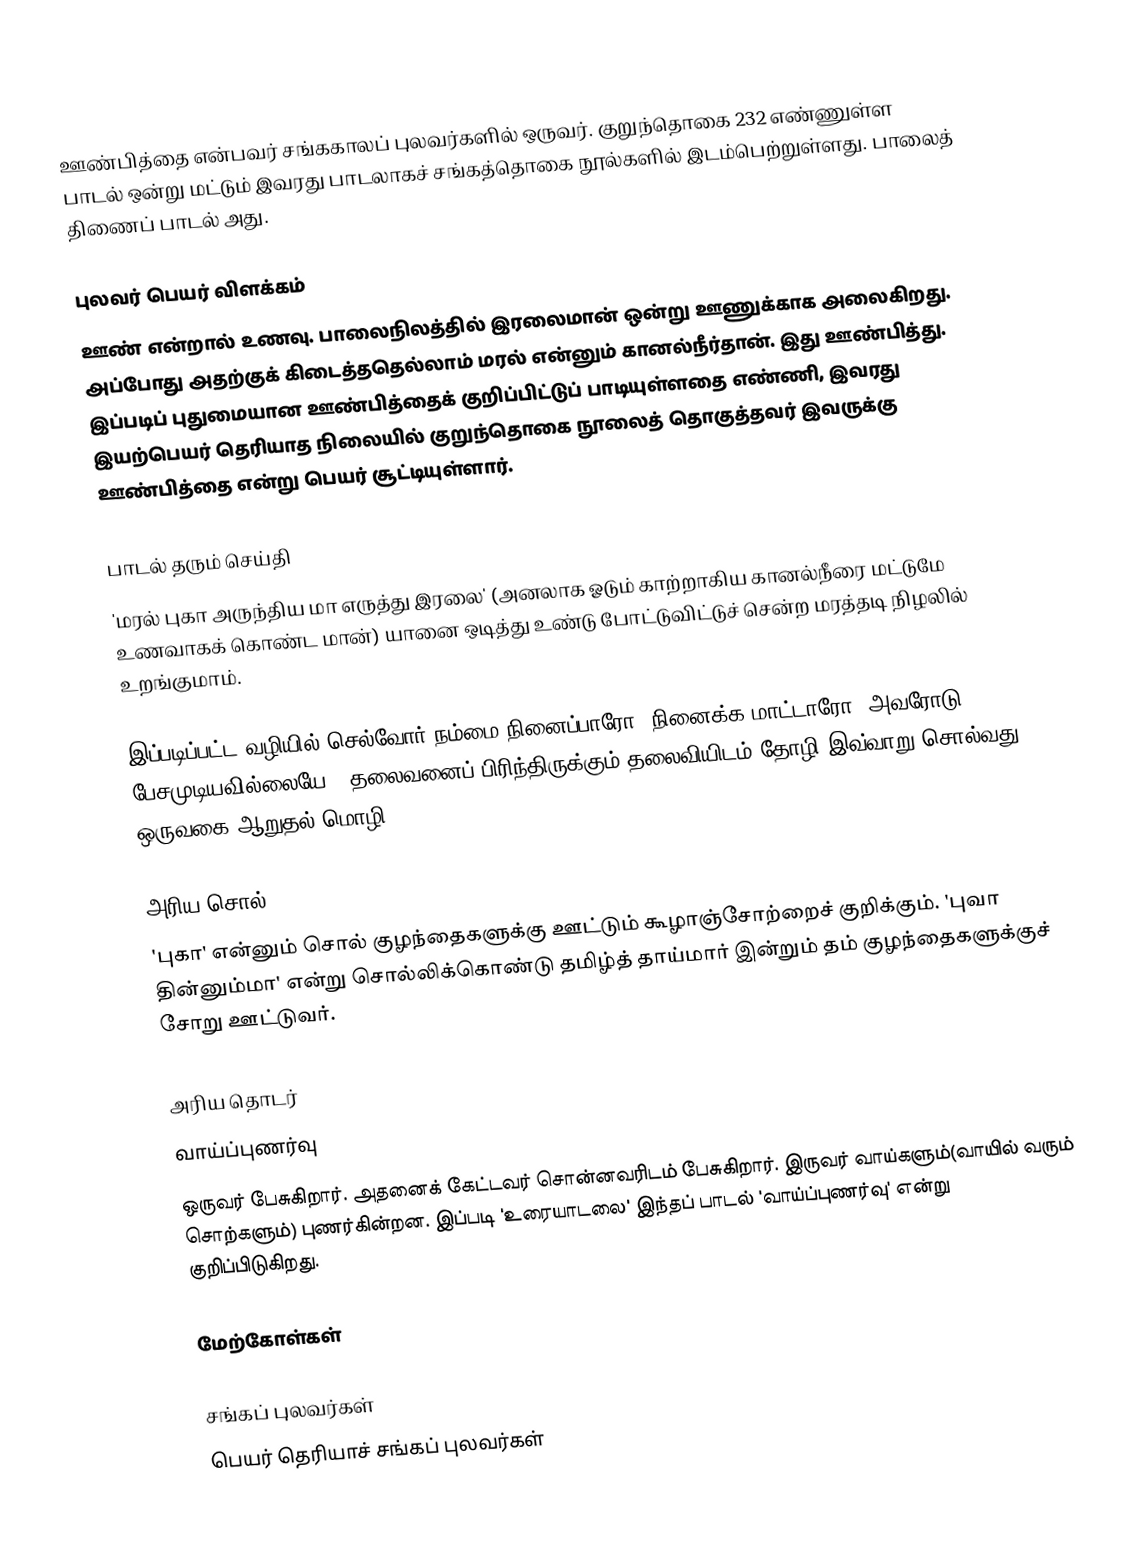
ஊண்பித்தை என்பவர் சங்ககாலப் புலவர்களில் ஒருவர். குறுந்தொகை 232 எண்ணுள்ள பாடல் ஒன்று மட்டும் இவரது பாடலாகச் சங்கத்தொகை நூல்களில் இடம்பெற்றுள்ளது. பாலைத் திணைப் பாடல் அது.

புலவர் பெயர் விளக்கம்
ஊண் என்றால் உணவு. பாலைநிலத்தில் இரலைமான் ஒன்று ஊணுக்காக அலைகிறது. அப்போது அதற்குக் கிடைத்ததெல்லாம் மரல் என்னும் கானல்நீர்தான். இது ஊண்பித்து. இப்படிப் புதுமையான ஊண்பித்தைக் குறிப்பிட்டுப் பாடியுள்ளதை எண்ணி, இவரது இயற்பெயர் தெரியாத நிலையில் குறுந்தொகை நூலைத் தொகுத்தவர் இவருக்கு ஊண்பித்தை என்று பெயர் சூட்டியுள்ளார்.

பாடல் தரும் செய்தி
'மரல் புகா அருந்திய மா எருத்து இரலை' (அனலாக ஓடும் காற்றாகிய கானல்நீரை மட்டுமே உணவாகக் கொண்ட மான்) யானை ஒடித்து உண்டு போட்டுவிட்டுச் சென்ற மரத்தடி நிழலில் உறங்குமாம்.

இப்படிப்பட்ட வழியில் செல்வோர் நம்மை நினைப்பாரோ, நினைக்க மாட்டாரோ? அவரோடு பேசமுடியவில்லையே - தலைவனைப் பிரிந்திருக்கும் தலைவியிடம் தோழி இவ்வாறு சொல்வது ஒருவகை ஆறுதல் மொழி.

அரிய சொல்
'புகா' என்னும் சொல் குழந்தைகளுக்கு ஊட்டும் கூழாஞ்சோற்றைச் குறிக்கும். 'புவா தின்னும்மா' என்று சொல்லிக்கொண்டு தமிழ்த் தாய்மார் இன்றும் தம் குழந்தைகளுக்குச் சோறு ஊட்டுவர்.

அரிய தொடர்
வாய்ப்புணர்வு
ஒருவர் பேசுகிறார். அதனைக் கேட்டவர் சொன்னவரிடம் பேசுகிறார். இருவர் வாய்களும்(வாயில் வரும் சொற்களும்) புணர்கின்றன. இப்படி 'உரையாடலை' இந்தப் பாடல் 'வாய்ப்புணர்வு' என்று குறிப்பிடுகிறது.

மேற்கோள்கள்

சங்கப் புலவர்கள்
பெயர் தெரியாச் சங்கப் புலவர்கள்